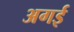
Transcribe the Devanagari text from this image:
अगई